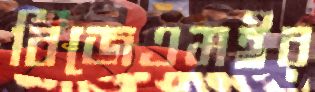
বিজেএমইর